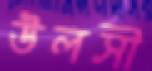
উলসী